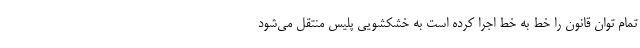
تمام توان قانون را خط به خط اجرا کرده است به خشکشویی پلیس منتقل می‌شود